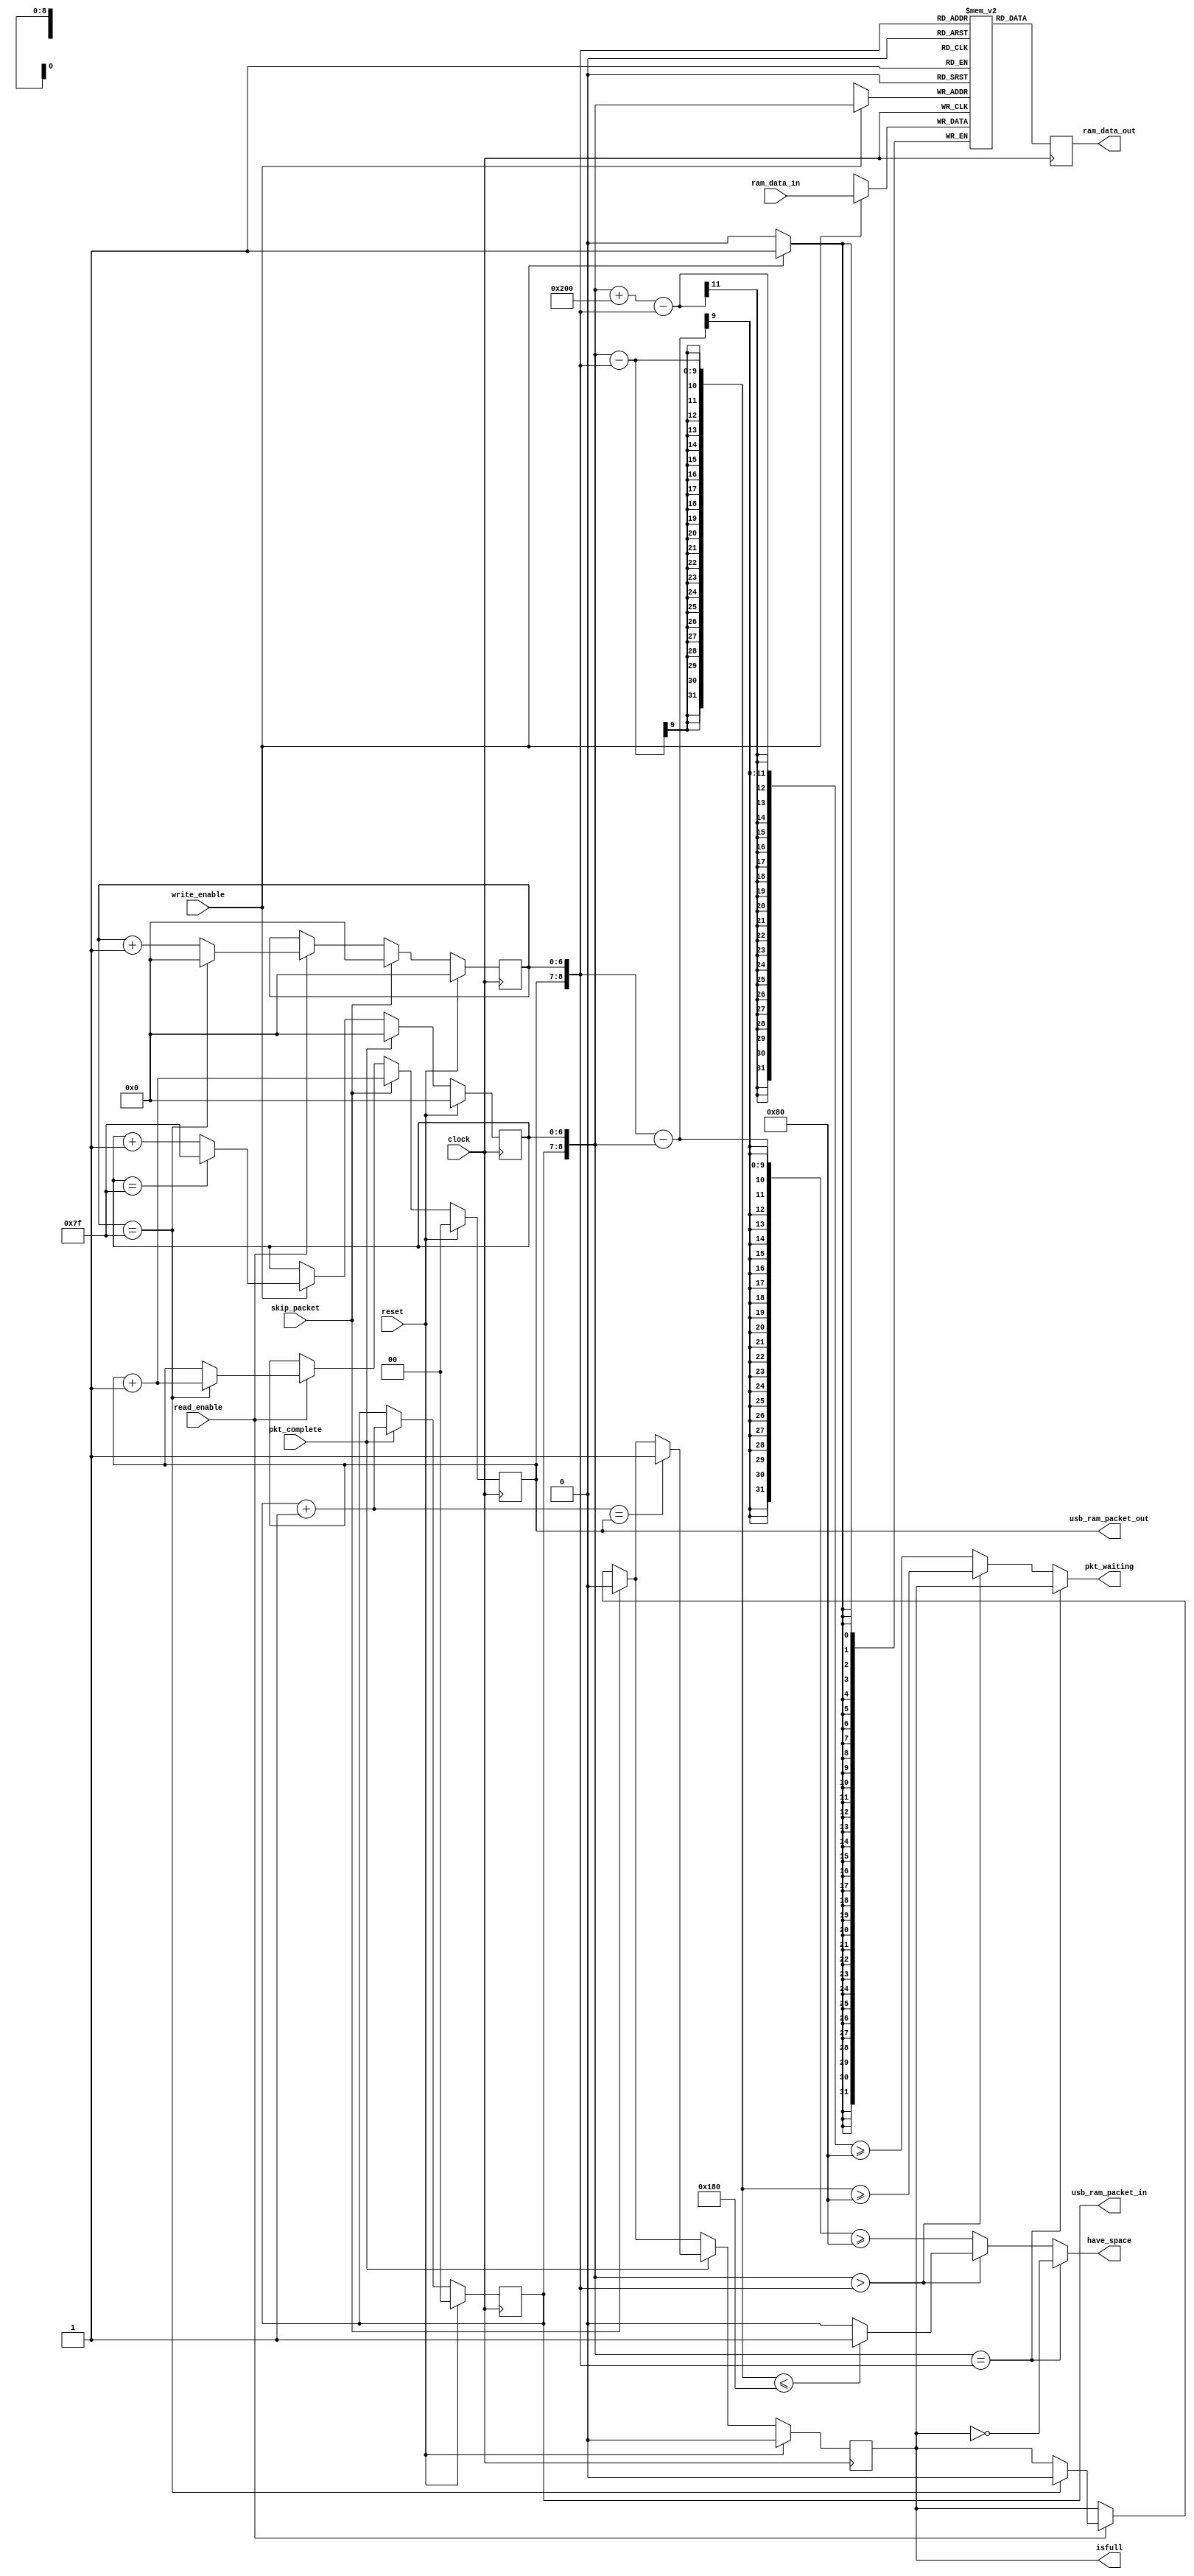
module data_packet_fifo 
  ( input       reset,
    input       clock,
    input       [31:0]ram_data_in,
    input       write_enable,
    output  reg have_space,
    output  reg [31:0]ram_data_out,
    output  reg pkt_waiting,
	output	reg	isfull,
	output	reg [1:0]usb_ram_packet_out,
	output	reg [1:0]usb_ram_packet_in,
    input       read_enable,
    input       pkt_complete,
    input       skip_packet) ;
    parameter DATA_WIDTH = 32 ;
    parameter PKT_DEPTH = 128 ;
    parameter NUM_PACKETS = 4 ;
    reg [DATA_WIDTH-1:0] usb_ram [PKT_DEPTH*NUM_PACKETS-1:0] ;
    reg [6:0] usb_ram_offset_out ;
    reg [6:0] usb_ram_offset_in ;
    wire [6-2+NUM_PACKETS:0] usb_ram_aout ;
    wire [6-2+NUM_PACKETS:0] usb_ram_ain ;
    assign usb_ram_aout = {usb_ram_packet_out, usb_ram_offset_out} ;
    assign usb_ram_ain = {usb_ram_packet_in, usb_ram_offset_in} ;
    always @(usb_ram_ain, usb_ram_aout, isfull)
    begin
        if (usb_ram_ain == usb_ram_aout)
            pkt_waiting <= isfull ;
        else if (usb_ram_ain > usb_ram_aout)
            pkt_waiting <= (usb_ram_ain - usb_ram_aout) >= PKT_DEPTH;
        else
            pkt_waiting <= (usb_ram_ain + 10'b1000000000 - usb_ram_aout) >= PKT_DEPTH;
    end
    always @(usb_ram_ain, usb_ram_aout, isfull)
    begin
        if (usb_ram_ain == usb_ram_aout)
            have_space <= ~isfull;   
        else if (usb_ram_ain > usb_ram_aout)
            have_space <= ((usb_ram_ain - usb_ram_aout) <= PKT_DEPTH * (NUM_PACKETS - 1))? 1'b1 : 1'b0;
        else
            have_space <= (usb_ram_aout - usb_ram_ain) >= PKT_DEPTH;
    end
    always @(posedge clock)
    begin
        if( write_enable ) 
          begin
            usb_ram[usb_ram_ain] <= ram_data_in ;
          end
		ram_data_out <= usb_ram[usb_ram_aout] ;
    end
    always @(posedge clock)
    begin
        if( reset ) 
          begin
            usb_ram_packet_out <= 0 ;
            usb_ram_offset_out <= 0 ;
			usb_ram_offset_in <= 0 ;
            usb_ram_packet_in <= 0 ;
            isfull <= 0;
          end
        else
		  begin
            if( skip_packet )
              begin
                usb_ram_packet_out <= usb_ram_packet_out + 1 ;
                usb_ram_offset_out <= 0 ;
                isfull <= 0;
              end
            else if(read_enable) 
			  begin
                if( usb_ram_offset_out == 7'b1111111 )
                  begin
                    isfull <= 0 ;
                    usb_ram_offset_out <= 0 ;
                    usb_ram_packet_out <= usb_ram_packet_out + 1 ;
                  end
                else
                    usb_ram_offset_out <= usb_ram_offset_out + 1 ;  
              end
			if( pkt_complete )
              begin
                usb_ram_packet_in <= usb_ram_packet_in + 1 ;
                usb_ram_offset_in <= 0 ;
                if ((usb_ram_packet_in + 2'b1) == usb_ram_packet_out)
                    isfull <= 1 ;
              end
            else if( write_enable ) 
              begin
                if (usb_ram_offset_in == 7'b1111111)
                    usb_ram_offset_in <= 7'b1111111 ;    
                else
                    usb_ram_offset_in <= usb_ram_offset_in + 1 ;
              end
		  end
    end
endmodule